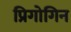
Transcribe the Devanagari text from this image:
प्रिगोगिन